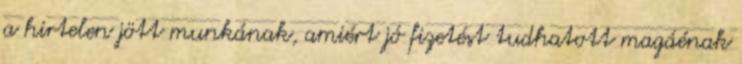
a hirtelen jött munkának, amiért jó fizetést tudhatott magáénak